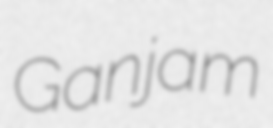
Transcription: Ganjam